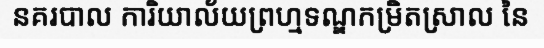
នគរបាល ការិយាល័យព្រហ្មទណ្ឌកម្រិតស្រាល នៃ